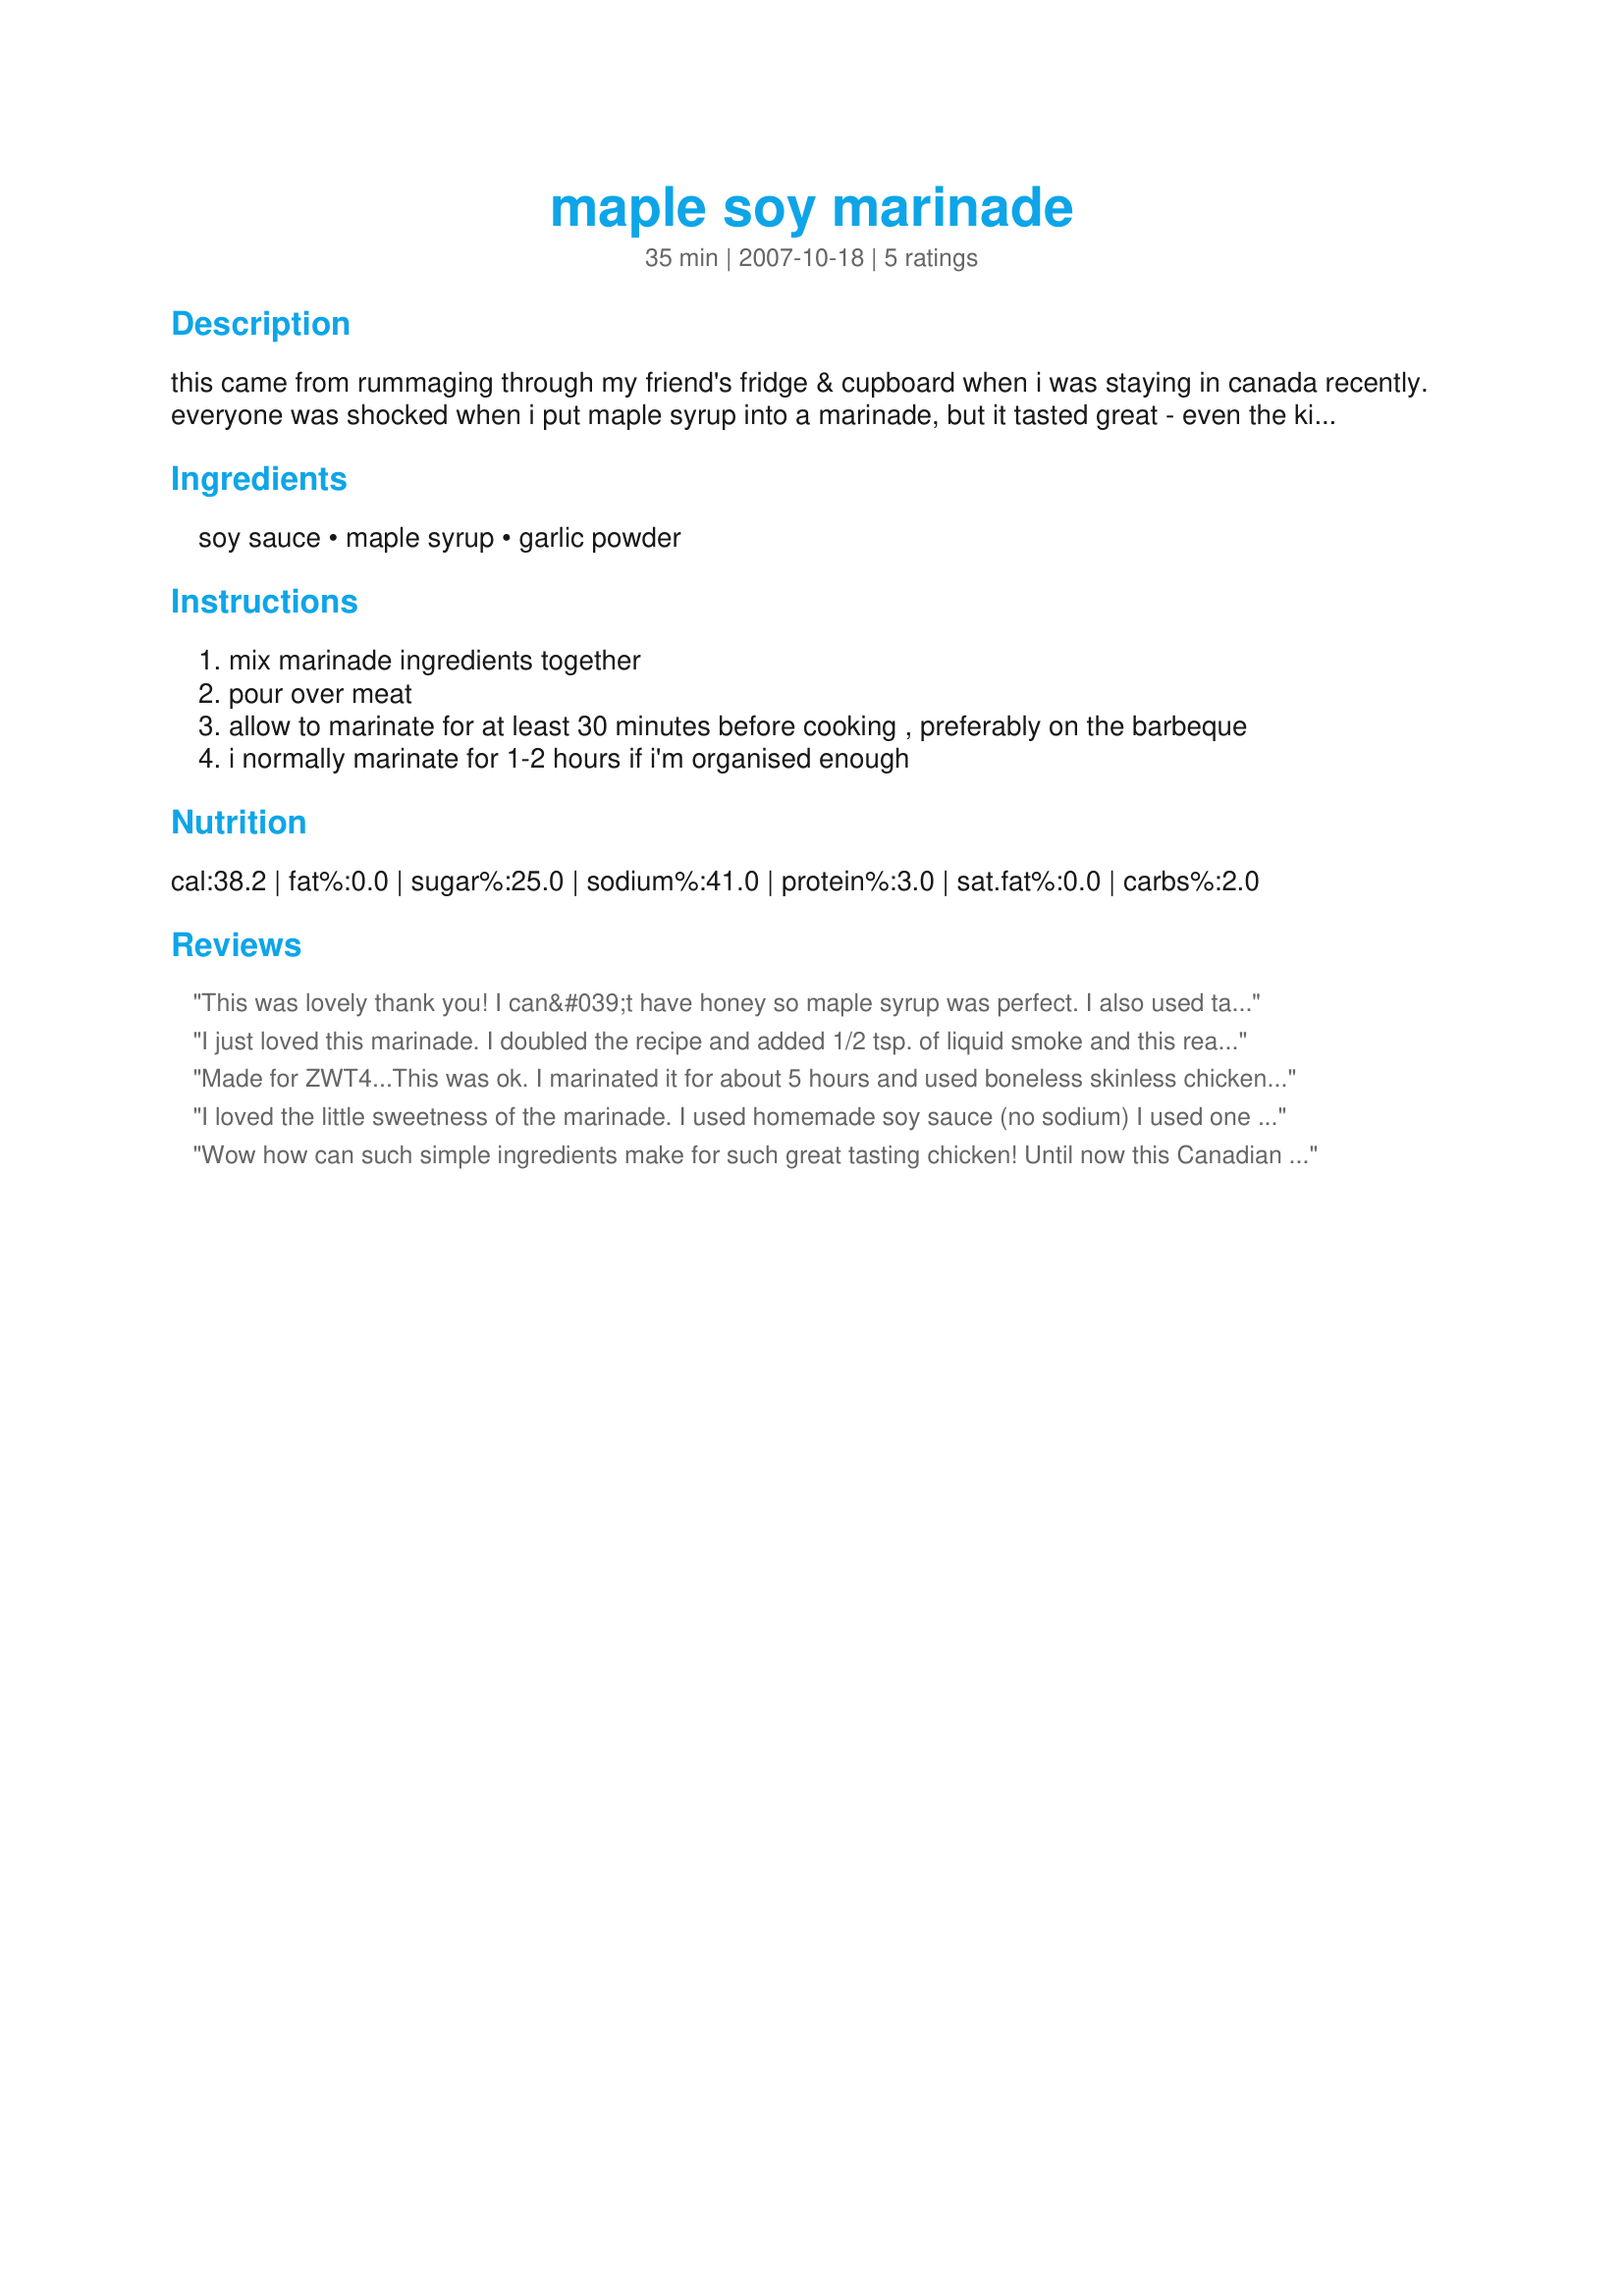
maple soy marinade
Preparation time: 35 minutes

this came from rummaging through my friend's fridge & cupboard when i was staying in canada recently. everyone was shocked when i put maple syrup into a marinade, but it tasted great - even the kids loved the results. works very well with pork and chicken.

Ingredients:
soy sauce, maple syrup, garlic powder

Steps:
mix marinade ingredients together
pour over meat
allow to marinate for at least 30 minutes before cooking , preferably on the barbeque
i normally marinate for 1-2 hours if i'm organised enough

Reviews:
This was lovely thank you!
I can&#039;t have honey so maple syrup was perfect. I also used tamari and added 1/4 tsp of liquid smoke thanks to the other comment.
Used it on pork rashers in the airfryer! Delish!
I just loved this marinade. I doubled the recipe and added 1/2 tsp. of liquid smoke and this really gave it a wonderful flavor. I used 4 good size chicken legs, bone in and let them marinade for about 4-5 hours. I then coated the chicken in a panko crumb that was seasoned with tarragon and salt and pepper. Thanks for the great post.
Made for ZWT4...This was ok. I marinated it for about 5 hours and used boneless skinless chicken breasts. They were very moist which is why I gave it 4 stars. There was not much flavor except the soy though. I was expecting a little sweeter from the maple syrup. I might try again one day but add more stuff to it.
I loved the little sweetness of the marinade. I used homemade soy sauce (no sodium) I used one garlic clove. I marinated boneless skinless chicken breasts. Thanks Heydarl. Made for the Babes of ZWT4
Wow how can such simple ingredients make for such great tasting chicken! Until now this Canadian has for most part 'saved' her maple syrup for the pancakes and waffles - with the Canadian Tour in mind I stocked up and am so enjoying the recipes using the maple syrup. Made as posted and as I have been doing making scaled down versions to taste test - made for great tasting chicken - next time - no scaling back the recipe because I had to share!
